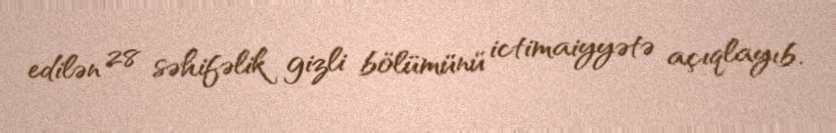
edilən 28 səhifəlik gizli bölümünü ictimaiyyətə açıqlayıb.